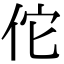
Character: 佗